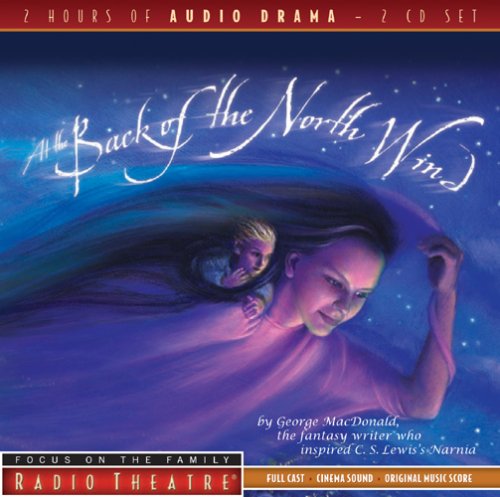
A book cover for At the Back of the North Wind (Radio Theatre); Humor & Entertainment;